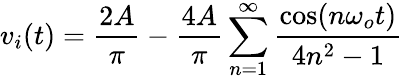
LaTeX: v_{i}(t)=\frac{2A}{\pi}-\frac{4A}{\pi}\sum_{n=1}^{\infty}\frac{\cos(n\omega_{o}t)}{4n^{2}-1}